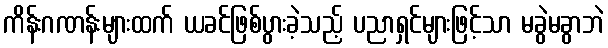
ကိန်းဂဏန်းများထက် ယခင်ဖြစ်ပွားခဲ့သည့် ပညာရှင်များဖြင့်သာ မခွဲမခွာဘဲ